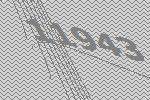
11943